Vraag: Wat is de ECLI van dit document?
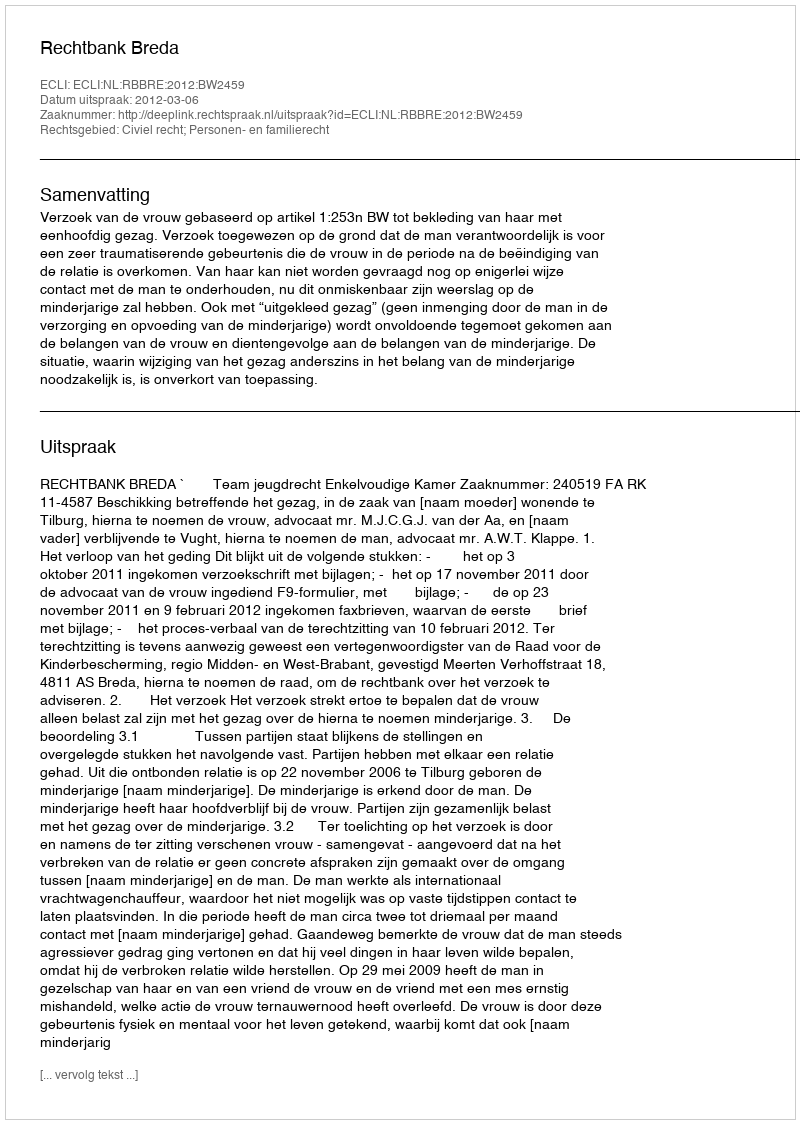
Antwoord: ECLI:NL:RBBRE:2012:BW2459